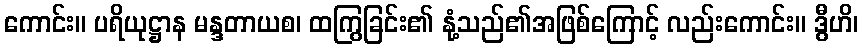
ကောင်း။ ပရိယုဋ္ဌာန မန္ဒတာယစ၊ ထကြွခြင်း၏ နုံ့သည်၏အဖြစ်ကြောင့် လည်းကောင်း။ ဒွီဟိ၊